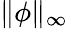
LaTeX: \| \phi\| _{\infty}